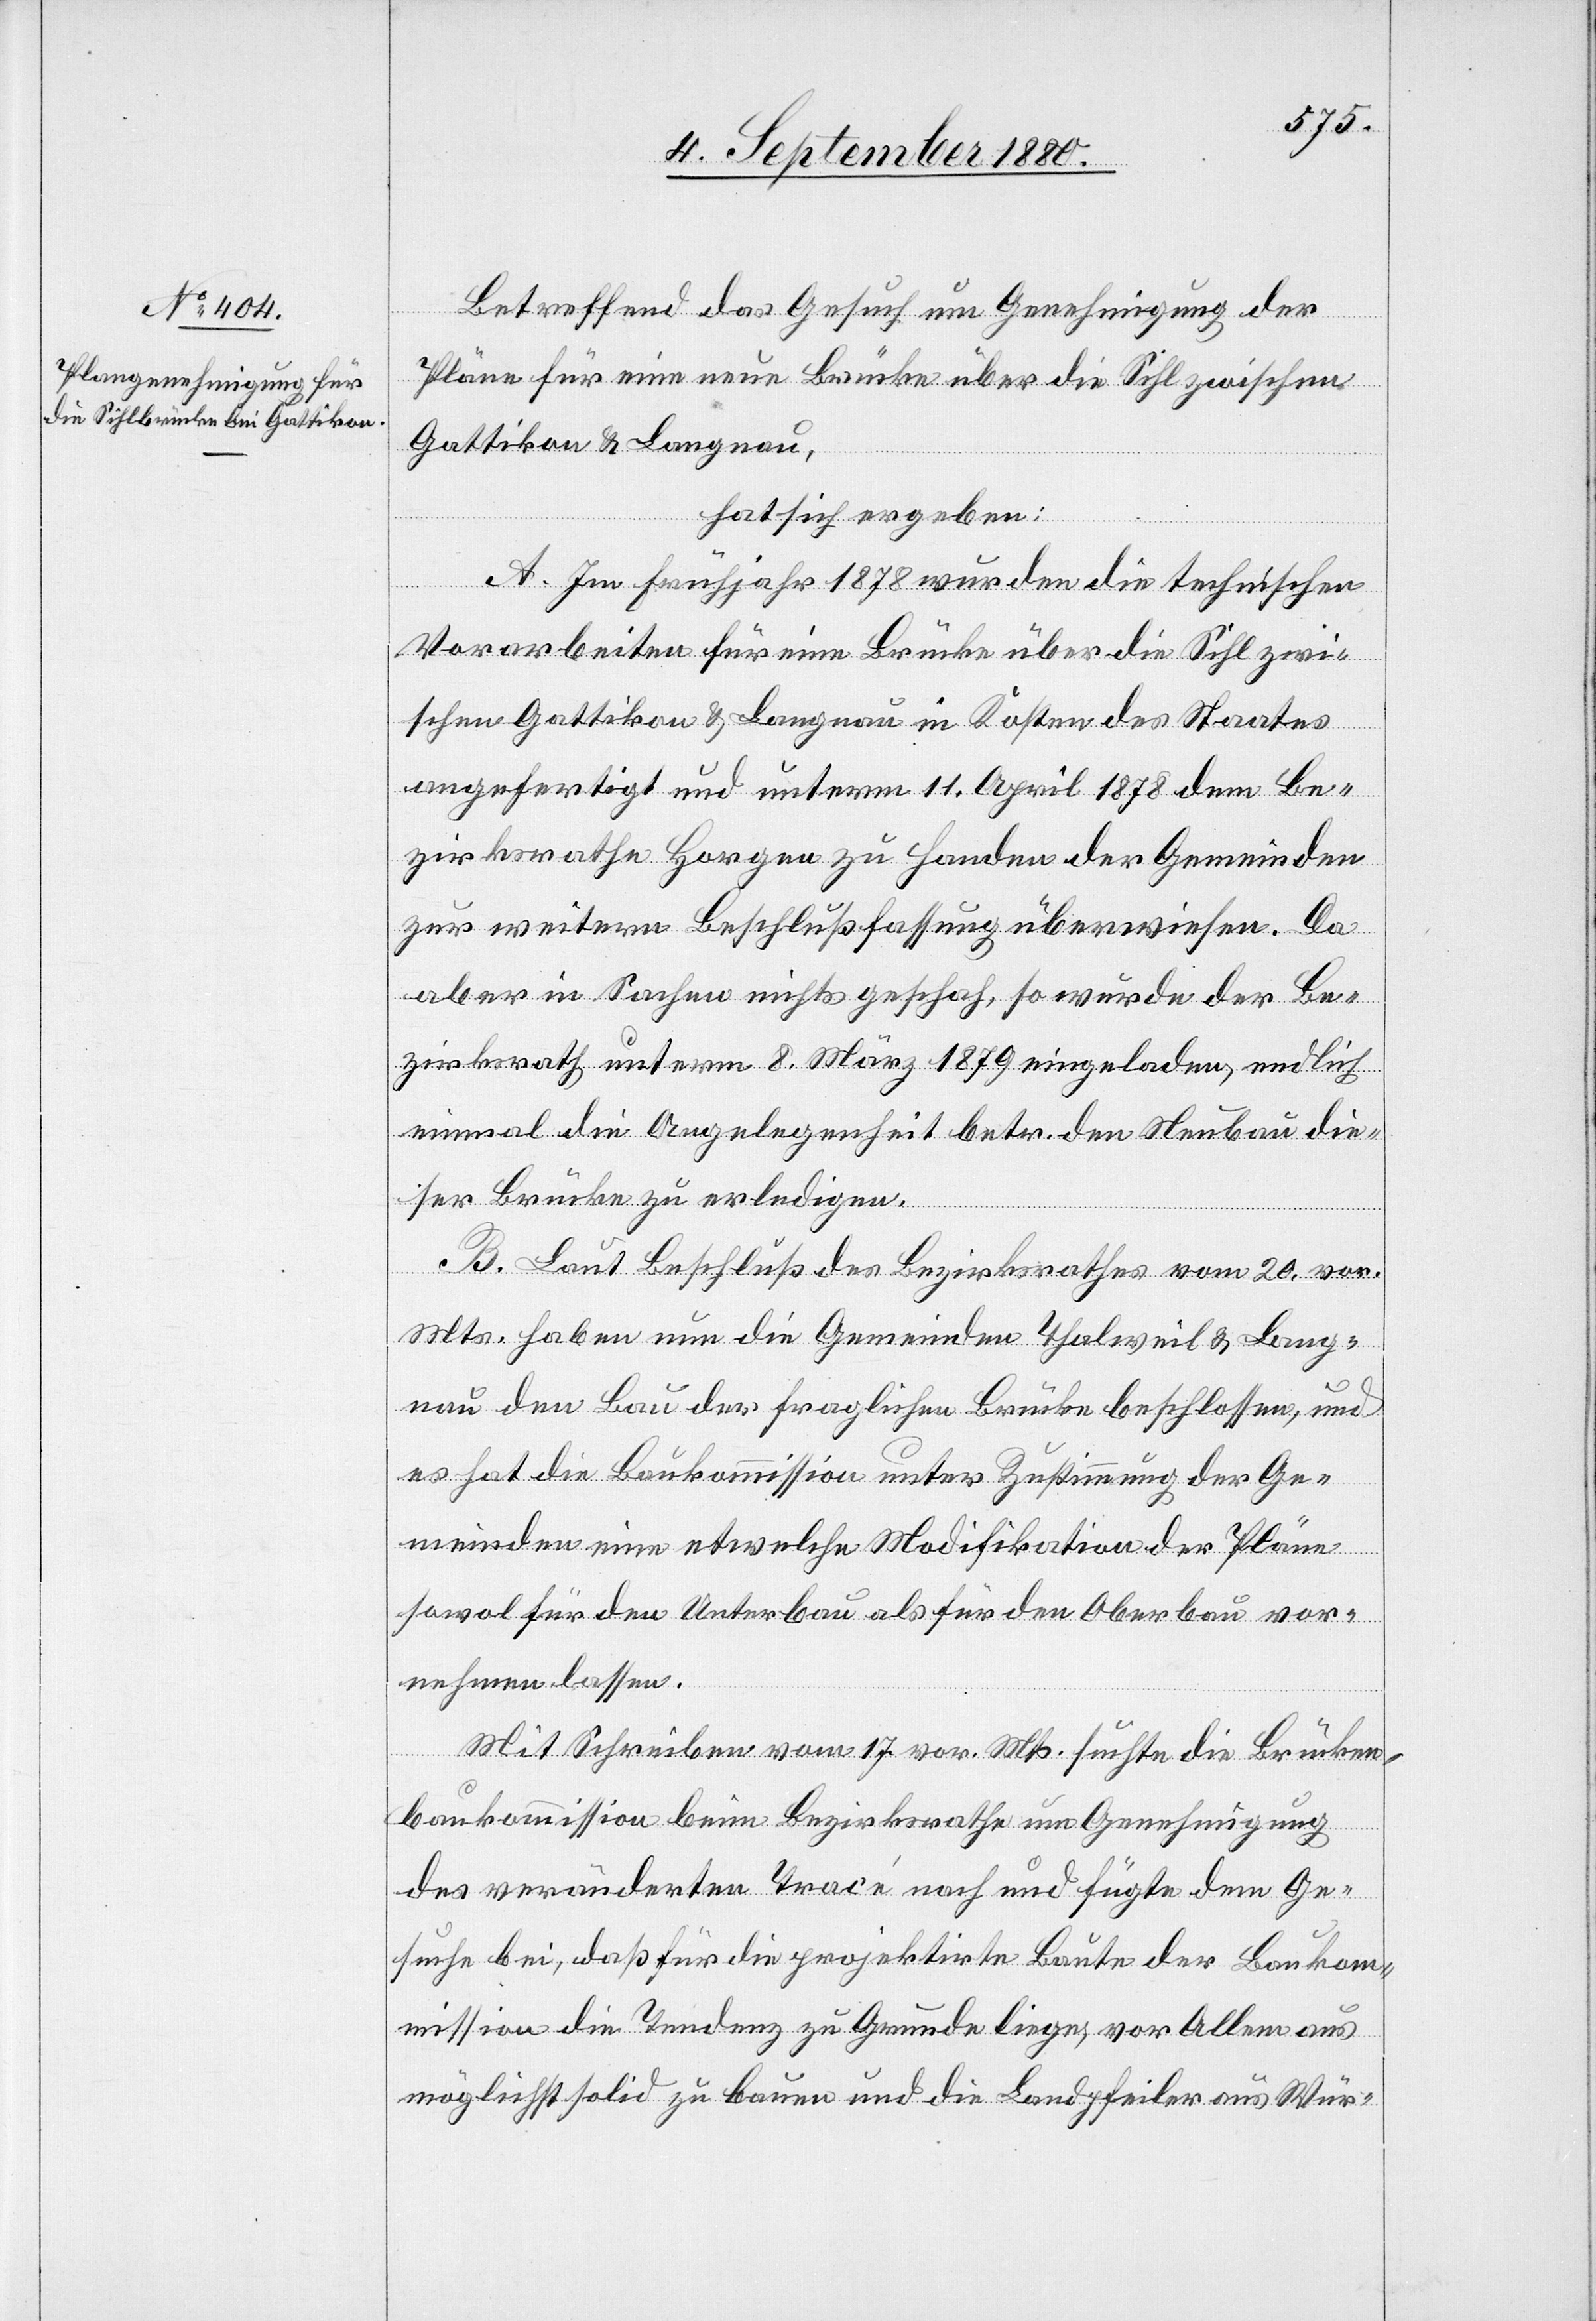
Betreffend das Gesuch um Genehmigung der
Pläne für eine neue Brücke über die Sihl zwischen
Gattikon & Langnau,
hat sich ergeben:
A. Im Frühjahr 1878 wurden die technischen
Vorarbeiten für eine Brücke über die Sihl zwi¬
schen Gattikon & Langnau in Kosten des Staates
angefertigt und unterm 11. April 1878 dem Be¬
zirksrathe Horgen zu Handen der Gemeinden
zur weitern Beschlußfassung überwiesen. Da
aber in Sachen nichts geschah, so wurde der Be¬
zirksrath unterm 8. März 1879 eingeladen, endlich
einmal die Angelegenheit betr. den Neubau die¬
ser Brücke zu erledigen.
B. Laut Beschluß des Bezirksrathes vom 20. vor.
Mts. haben nun die Gemeinden Thalweil & Lang¬
nau den Bau der fraglichen Brücke beschlossen, und
es hat die Baukommission unter Zustimmung der Ge¬
meinden eine etwelche Modifikation der Pläne
sowol für den Unterbau als für den Oberbau vor¬
nehmen lassen.
Mit Schreiben vom 17. vor. Mts. suchte die Brücken¬
baukommission beim Bezirksrathe um Genehmigung
des veränderten Trace nach und fügt dem Ge¬
suche bei, daß für die projektirte Baute der Bauko¬
mmission die Tendenz zu Grunde liege, vor Allem aus
möglichst solid zu bauen und die Landpfeiler aus Wür-